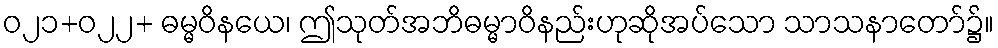
ဝ၂၁+၀၂၂+ ဓမ္မဝိနယေ၊ ဤသုတ်အဘိဓမ္မာဝိနည်းဟုဆိုအပ်သော သာသနာတော်၌။